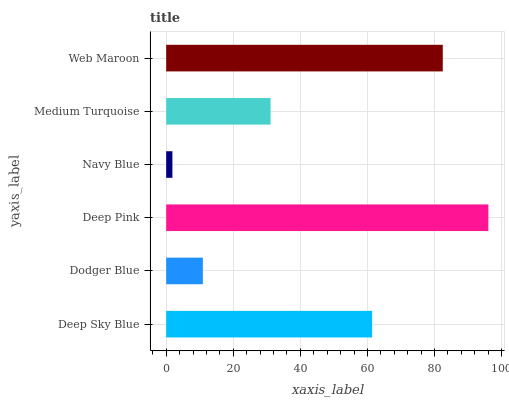
| yaxis_label | bars |
 | --- | --- |
 | Deep Sky Blue | 61.4 |
 | Dodger Blue | 10.9 |
 | Deep Pink | 96.1 |
 | Navy Blue | 1.86 |
 | Medium Turquoise | 31.1 |
 | Web Maroon | 82.5 |